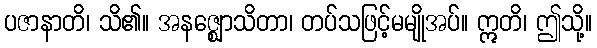
ပဇာနာတိ၊ သိ၏။ အနဇ္ဈောသိတာ၊ တပ်သဖြင့်မမျိုအပ်။ ဣတိ၊ ဤသို့။